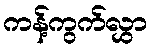
ကန့်ကွက်လွှာ